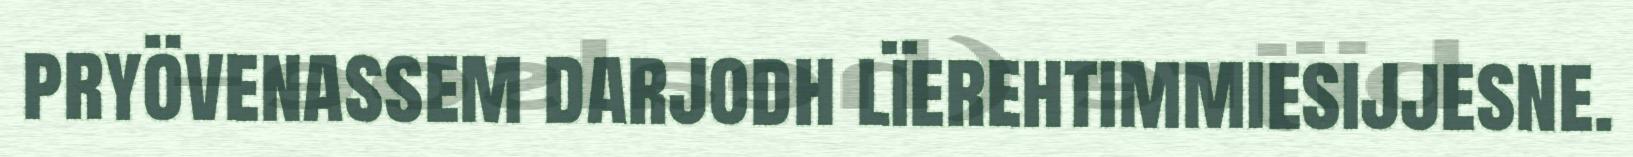
pryövenassem darjodh lïerehtimmiesijjesne.